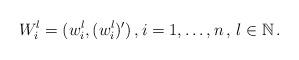
LaTeX: \begin{align*}W_i^l=(w_i^l,(w_i^{l})^{\prime})\,, i=1, \ldots, n \,, \, l \in \mathbb{N} \,.\end{align*}